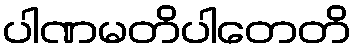
ပါဏမတိပါတေတိ